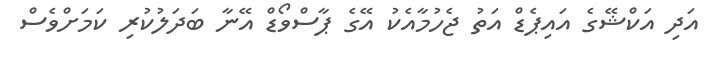
އަދި އަކްޝޭގެ އައިޕެޑް އަތު ޖެހުމާއެކު އޭގެ ޕާސްވޯޑް އޭނާ ބަދަލުކުރި ކަމަށްވެސް